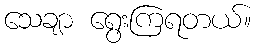
သေချာ ရွေးကြရတယ်။